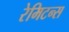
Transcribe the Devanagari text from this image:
रेमिटन्स